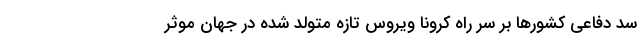
سد دفاعی کشورها بر سر راه کرونا ویروس تازه متولد شده در جهان موثر